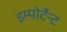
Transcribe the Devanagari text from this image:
इम्पोर्टेन्ट